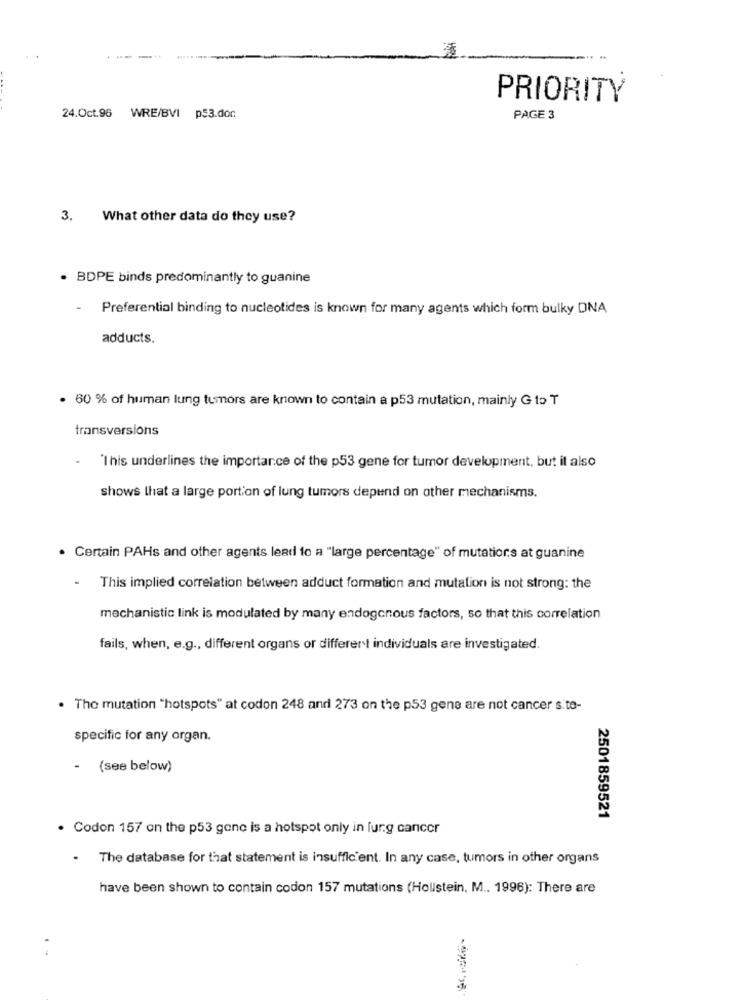
PRIORITY
24.Oct.96 WRE/BVI
p53.don
PAGE 3
3. What other data do they use?
. BDPE binds predominantly to guanine
Preferential binding to nucleotides is known for many agents which form bulky DNA
adducts.
. 60 % of human lung tumors are known to contain a p53 mutation, mainly G to T
transversions
"This underlines the importance of the p53 gene for tumor development, but it also
shows that a large portion of lung tumors depend on other mechanisms.
· Certain PAHs and other agents lead to a "large percentage" of mutations at guanine
This implied correlation between adduct formation and mutation is not strong: the
mechanistic link is modulated by many endogcnous factors, so that this correlation
fails, when, e.g ., different organs or different individuals are investigated.
. The mutation "hotspots" at codon 248 and 273 on the p53 gene are not cancer s.to-
specific for any organ.
- (see below)
2501859521
. Codon 157 on the p53 gene is a hotspot only in furg cancer
. The database for that statement is insufficient. In any case, tumors in other organs
have been shown to contain codon 157 mutations (Hollstein, M .. 1996): There are